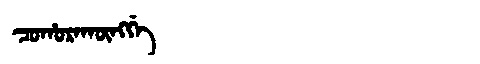
Manchu: ᠴᠣᡥᠣᡵᠠᡴᡡᠩᡤᡝ
Romanization: COHORAKŪNGGE